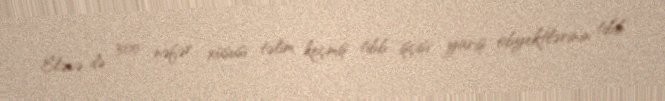
Eləcə də 300 nəfər xüsusi təlim keçmiş tibb işçisi yarış obyektlərinin tibb